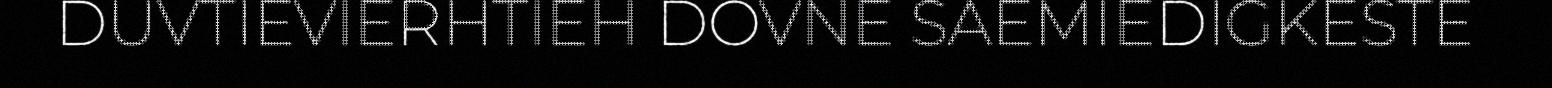
DUVTIEVIERHTIEH DOVNE SAEMIEDIGKESTE